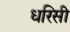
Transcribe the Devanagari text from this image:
धरिसी